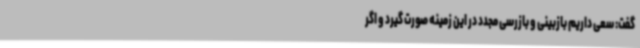
گفت: سعی داریم بازبینی و بازرسی مجدد در این زمینه صورت گیرد و اگر